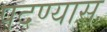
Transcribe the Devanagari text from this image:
पदण्यास